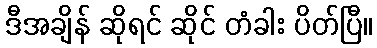
ဒီအချိန် ဆိုရင် ဆိုင် တံခါး ပိတ်ပြီ။